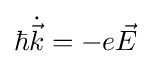
\hbar {\dot {\vec {k}}}=-e{\vec {E}}